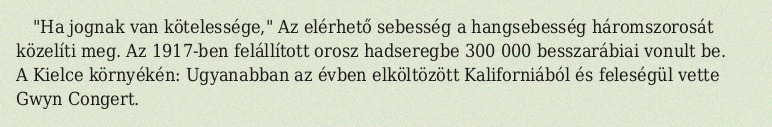
"Ha jognak van kötelessége," Az elérhető sebesség a hangsebesség háromszorosát közelíti meg. Az 1917-ben felállított orosz hadseregbe 300 000 besszarábiai vonult be. A Kielce környékén: Ugyanabban az évben elköltözött Kaliforniából és feleségül vette Gwyn Congert.